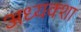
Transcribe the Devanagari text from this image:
अध्यक्शा